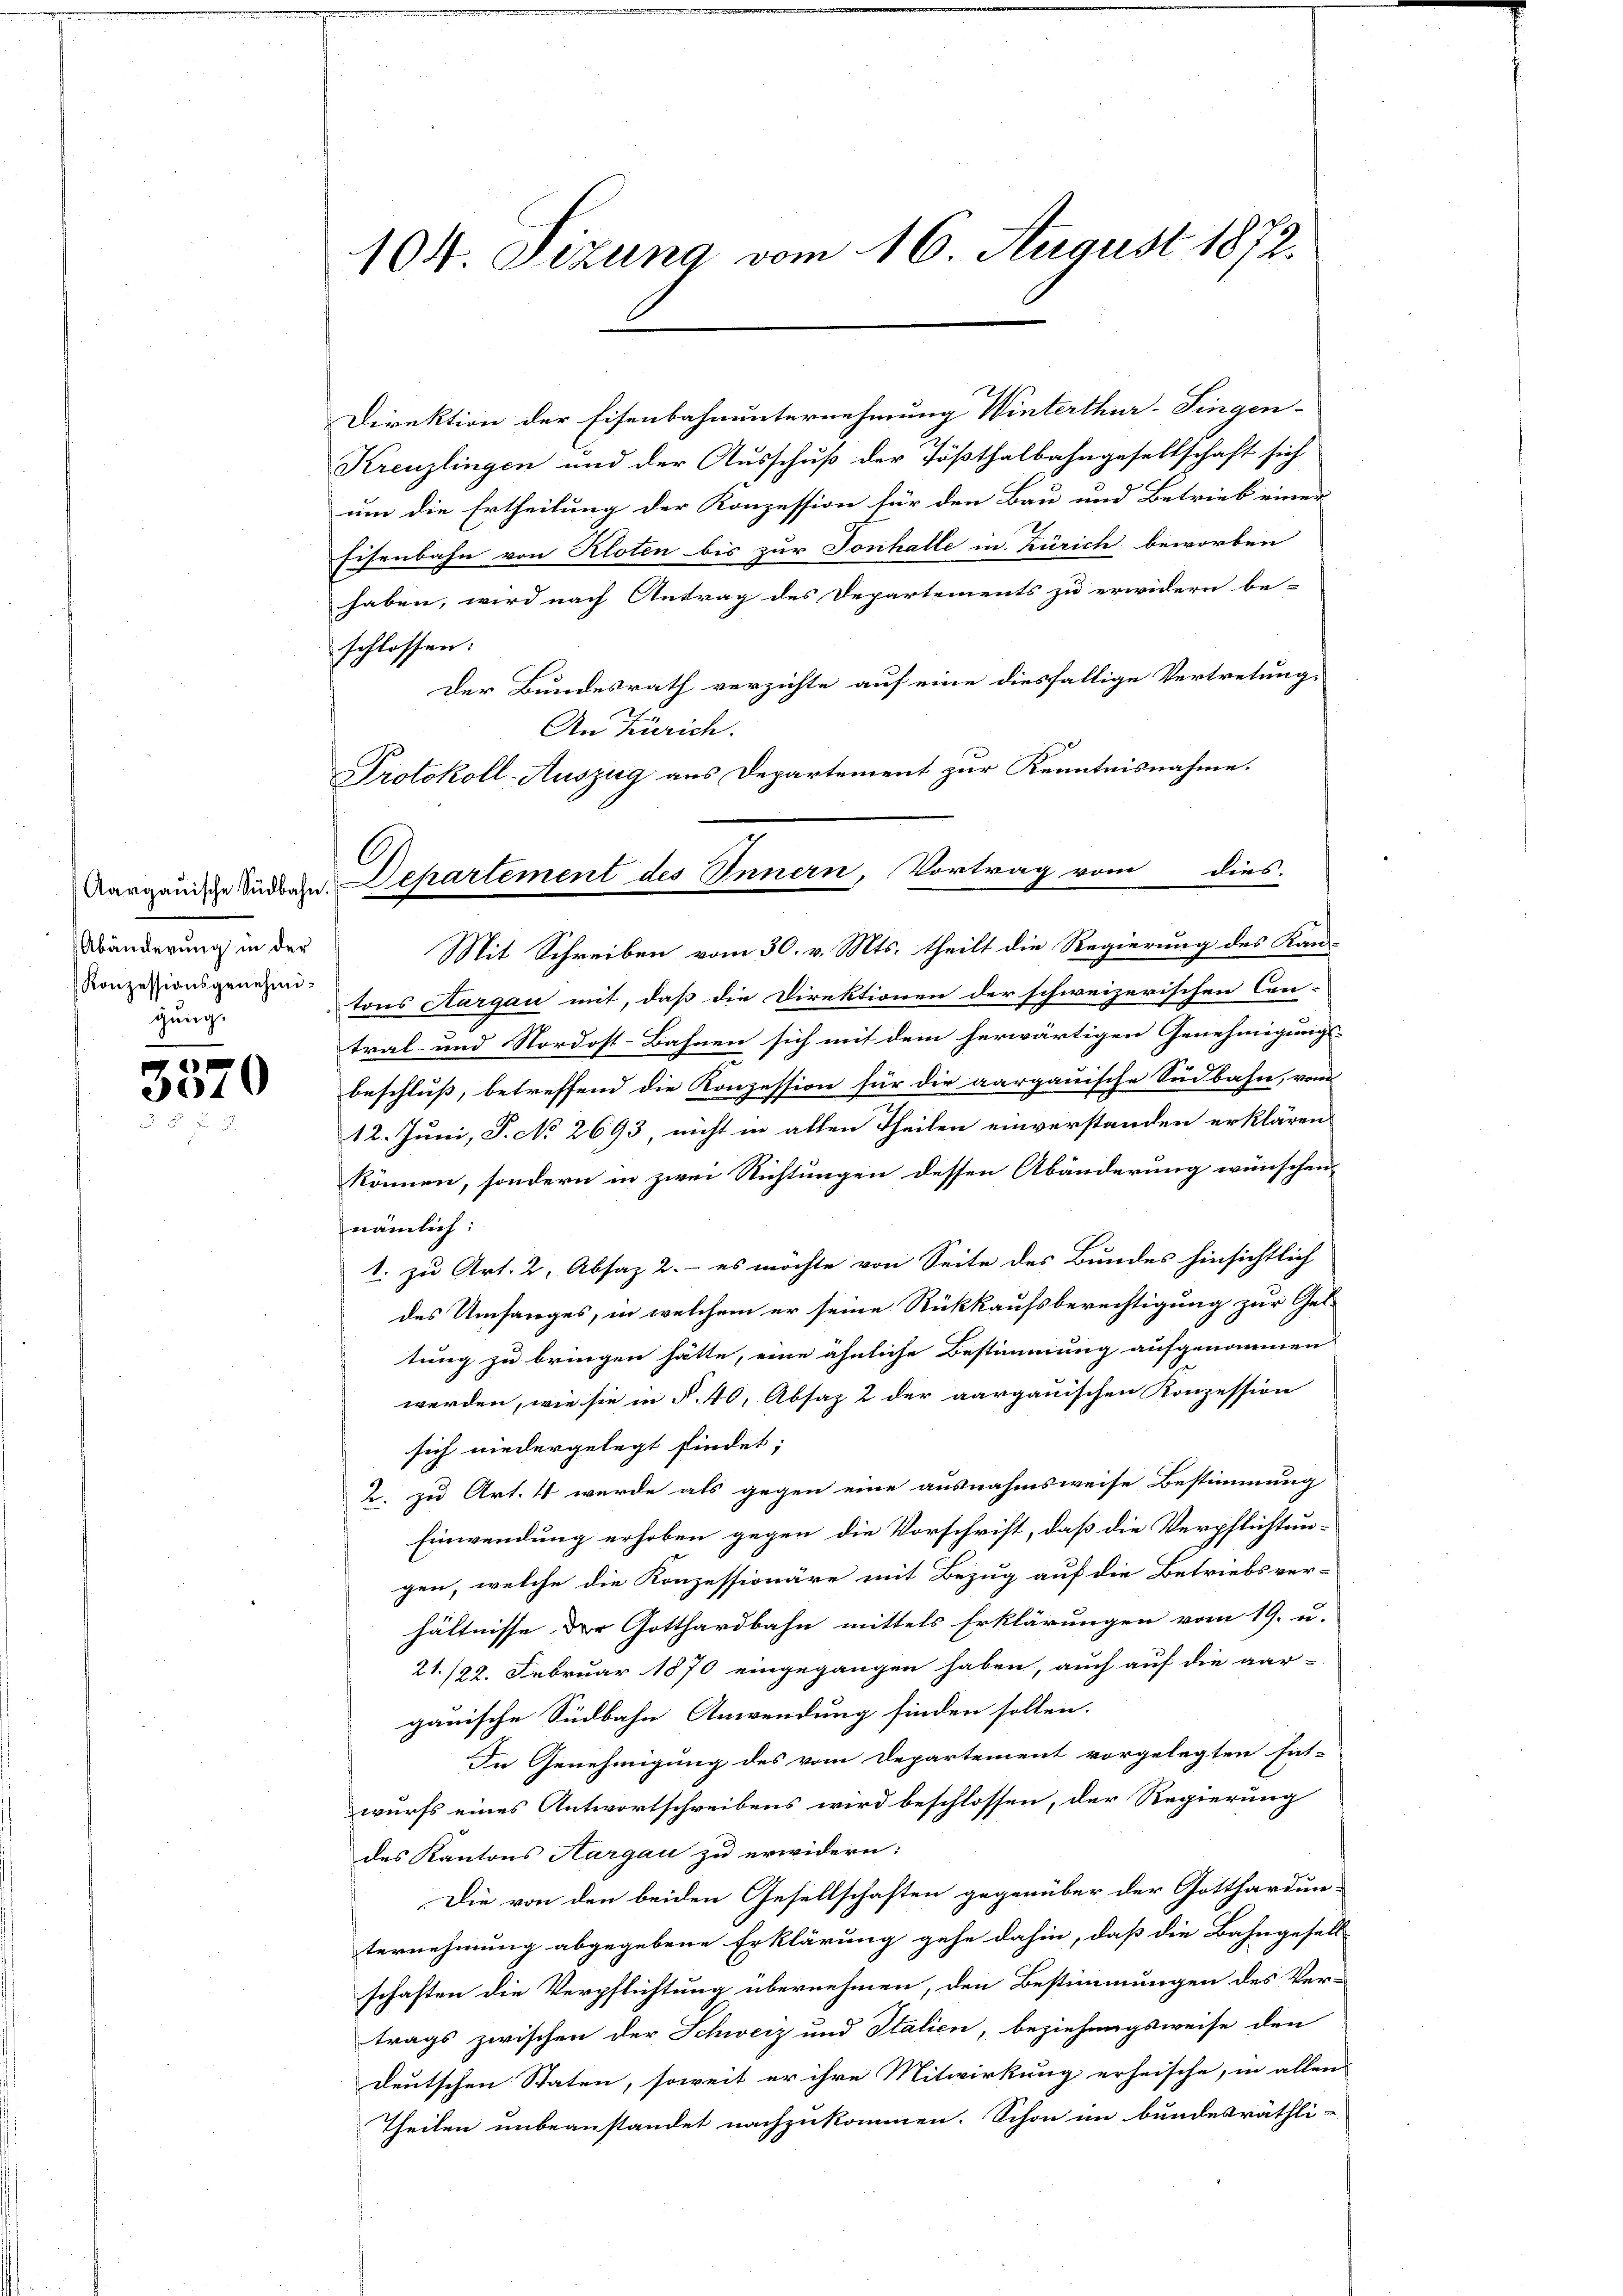
Abänderung in der
Konzessionsgenehmigung.

d
3010

104. Sizung vom 16. August 1872.

Protokoll-Auszug aus Departement zur Kenntnisnahme.
6.
Aarganische Südbahn. Separtement des Innern, Vortrag vom dies-

Direktion der Eisenbahnunternehmung Winterthur-Fingen-
Kreuzlingen und der Ausschuß der Tößthalbahngesellschaft sich
um die Ertheilung der Konzession für den Bau und Betrieb einer
Eisenbahn von Kloten bis zur Tonhalle in Zürich beworben
haben, wird nach Antrag des Departements zu erwidern be-
schlossen:
Der Bundesrath verzichte auf eine diesfällige Vertretung,
An Zürich.
Mit Schreiben vom 30. v. Mts. theilt die Regierung des Kan-
tons Aargau mit, daß die Direktionen der schweizerischen Cen-
tral- und Nordost-Bahnen sich mit dem herwärtigen Genehmigungs- |
beschluß, betreffend die Konzession für die aargauische Südbahn, vom
12. Juni, S. No 2693, nicht in allen Theilen einverstanden erklären
können, sondern in zwei Richtungen dessen Abänderung wünschen
nämlich:
1. zu Art. 2, Absaz 2.- es möchte von Seite des Bundes hinsichtlich
des Umfanges, in welchem er seine Rückkaufsberechtigung zur Gel-
tung zu bringen hätte, eine ähnliche Bestimmung aufgenommen
werden, wie sie in §. 40, Absaz 2 der aargauischen Konzession
sich niedergelegt findet;
2. zu Art. 4 wurde als gegen eine ausnahmsweise Bestimmung
Einwendung erhoben gegen die Vorschrift, daß die Verpflichtun-
gen, welche die Konzessionäre mit Bezug auf die Betriebsver-
hältnisse der Gotthardbahn mittels Erklärungen vom 19. u.
21/22. Februar 1870 eingegangen haben, auch auf die aar-
gauische Südbahn Anwendung finden sollen.
In Genehmigung des vom Departement vorgelegten Ent-
wurfs eines Antwortschreibens wird beschlossen, der Regierung
des Kantons Aargau zu erwidern:
Die von den beiden Gesellschaften gegenüber der Gotthardunternehmung abgegebene Erklärung gehe dahin, daß die Bahngesell-
schaften die Verpflichtung übernehmen, den Bestimmungen des Ver-
trags zwischen der Schweiz und Italien, beziehungsweise den
deutschen Staten, soweit er ihre Mitwirkung erheische, in allen
Theilen unbeanstandet nachzukommen. Schon im bundesräthli-